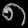
Digit: ၈